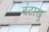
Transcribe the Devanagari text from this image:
बंटाखु